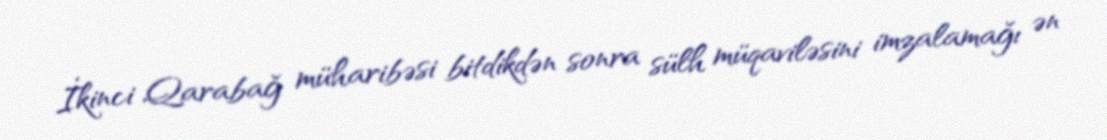
İkinci Qarabağ müharibəsi bitdikdən sonra sülh müqaviləsini imzalamağı ən